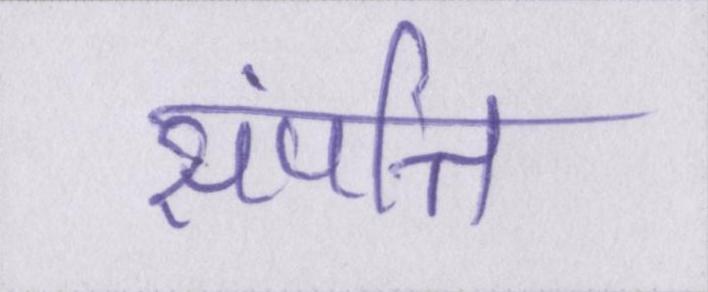
संपत्ति